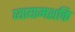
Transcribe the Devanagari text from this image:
व्यायामशक्ति